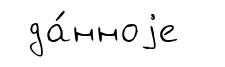
да́нноjе